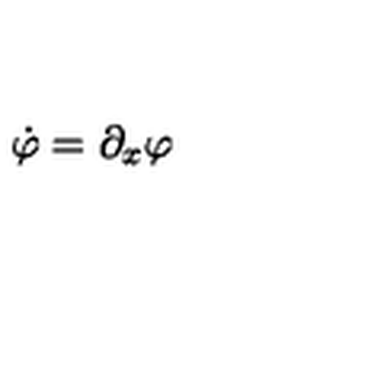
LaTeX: \dot { \varphi } = \partial _ { x } \varphi